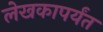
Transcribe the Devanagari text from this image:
लेखकापर्यंत